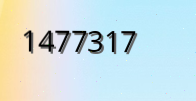
1477317